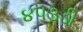
૪૫૩ડી